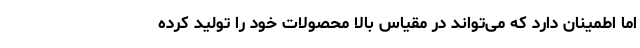
اما اطمینان دارد که می‌تواند در مقیاس بالا محصولات خود را تولید کرده